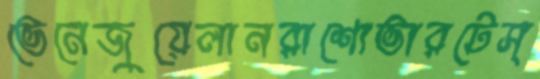
ভেনেজুয়েলানরাশোভারটেস্